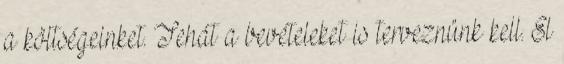
a költségeinket. Tehát a bevételeket is terveznünk kell. El